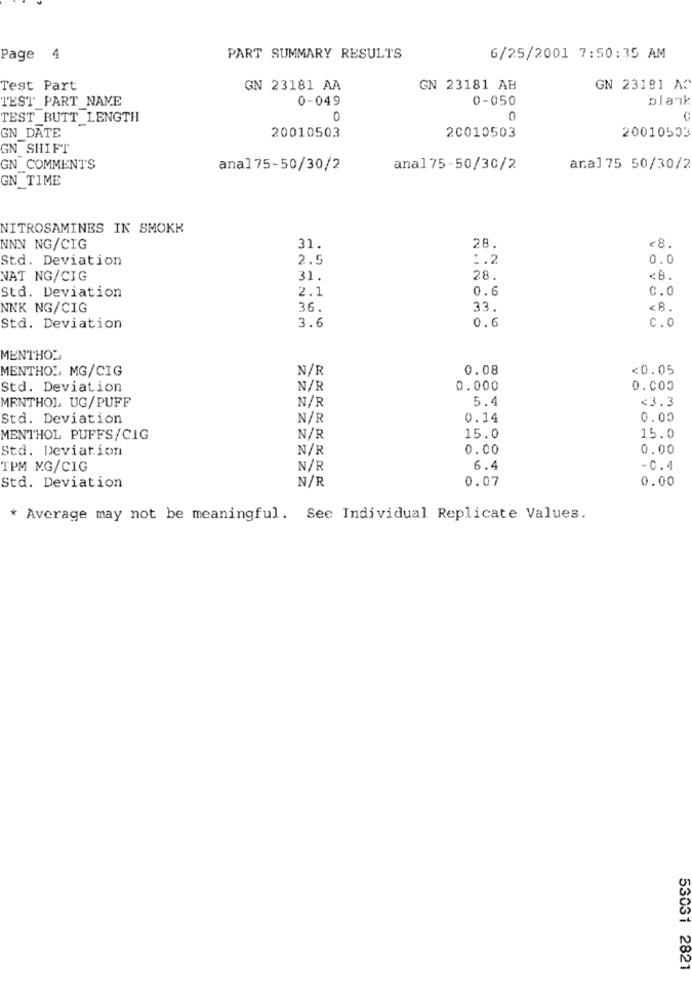
Page 4
PART SUMMARY RESULTS
6/25/2001 7:50:35 AM
Test Part
GN 23181 AA
GN 23181 AB
GN 23181 A?
I'EST PART NAME
0-049
0-050
blank
TEST BUTT LENGTH
0
0
GN_DATE
20010503
20010503
20010503
GN SHIFT
GN COMMENTS
anal75-50/30/2
anal75-50/30/2
anal 75 50/30/2
GN TIME
NITROSAMINES IN SMOKK
28.
NNN NG/CIG
31.
<8.
Std. Deviation
2.5
1.2
0.0
NAT NG/CIG
31.
28.
<8.
Std. Deviation
2.1
0.6
C.0
NNK NG/CIG
36.
33.
<B.
0.6
C.0
Std. Deviation
3.6
MENTHOL
MENTHOL MG/CIG
N/R
0.08
<0.05
Std. Deviation
N/R
0.000
0.000
MENTHOL, UG/PUFF
N/R
5.4
<3.3
Std. Deviation
N/R
0.14
0.00
MENTHOL PUFFS/CIG
N/R
15.0
15.0
Std. Deviation
N/R
0.00
0.00
TPM MG/CIG
N/R
6.4
-0.4
N/R
0.07
0.00
Std. Deviation
* Average may not be meaningful. See Individual Replicate Values.
53031 2821